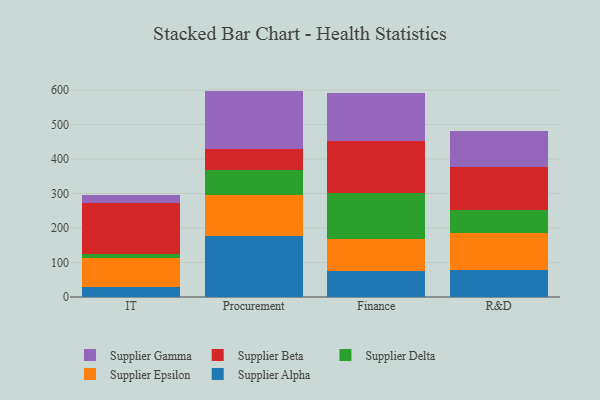
{"axis": {"x": "Department", "y": "Demand Index"}, "legend": ["Supplier Alpha", "Supplier Beta", "Supplier Delta", "Supplier Epsilon", "Supplier Gamma"], "data": [{"x": "IT", "y": 28.2, "type": "Supplier Alpha"}, {"x": "IT", "y": 83.6, "type": "Supplier Epsilon"}, {"x": "IT", "y": 13.9, "type": "Supplier Delta"}, {"x": "IT", "y": 146.3, "type": "Supplier Beta"}, {"x": "IT", "y": 22.6, "type": "Supplier Gamma"}, {"x": "Procurement", "y": 175.8, "type": "Supplier Alpha"}, {"x": "Procurement", "y": 120.4, "type": "Supplier Epsilon"}, {"x": "Procurement", "y": 72.0, "type": "Supplier Delta"}, {"x": "Procurement", "y": 62.2, "type": "Supplier Beta"}, {"x": "Procurement", "y": 167.2, "type": "Supplier Gamma"}, {"x": "Finance", "y": 74.5, "type": "Supplier Alpha"}, {"x": "Finance", "y": 93.7, "type": "Supplier Epsilon"}, {"x": "Finance", "y": 132.2, "type": "Supplier Delta"}, {"x": "Finance", "y": 151.5, "type": "Supplier Beta"}, {"x": "Finance", "y": 139.8, "type": "Supplier Gamma"}, {"x": "R&D", "y": 79.6, "type": "Supplier Alpha"}, {"x": "R&D", "y": 106.0, "type": "Supplier Epsilon"}, {"x": "R&D", "y": 65.2, "type": "Supplier Delta"}, {"x": "R&D", "y": 125.9, "type": "Supplier Beta"}, {"x": "R&D", "y": 104.9, "type": "Supplier Gamma"}]}